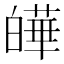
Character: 皣